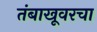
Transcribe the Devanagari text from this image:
तंबाखूवरचा